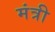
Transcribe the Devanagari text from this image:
मंत्री